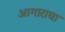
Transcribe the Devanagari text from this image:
आगाराचा